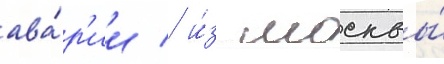
ава́р'ии / и́з москвы́